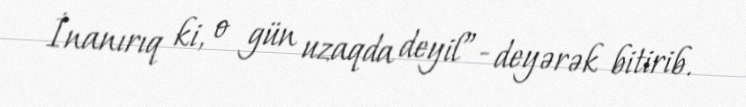
İnanırıq ki, o gün uzaqda deyil”- deyərək bitirib.